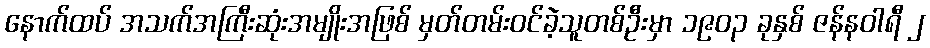
နောက်ထပ် အသက်အကြီးဆုံးအမျိုးအဖြစ် မှတ်တမ်းဝင်ခဲ့သူတစ်ဦးမှာ ၁၉၀၃ ခုနှစ် ဇန်နဝါရီ ၂